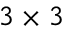
3 \times 3